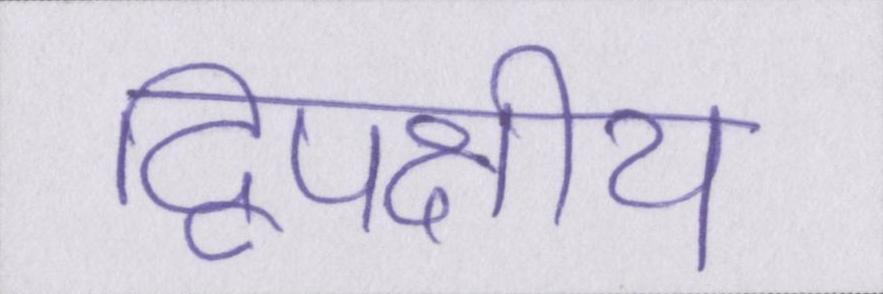
द्विपक्षीय